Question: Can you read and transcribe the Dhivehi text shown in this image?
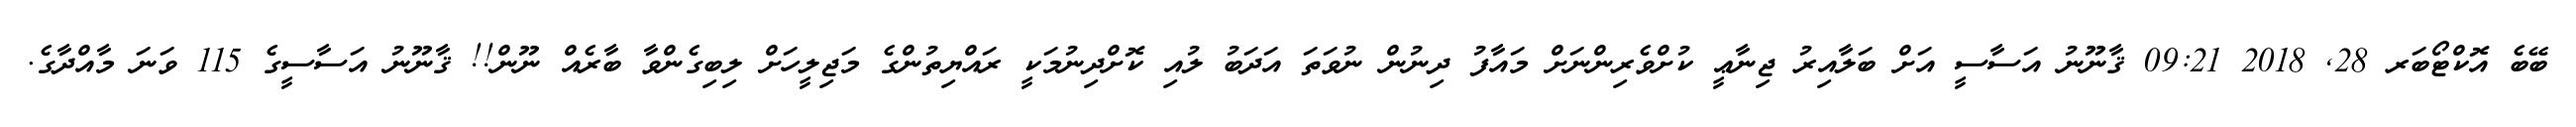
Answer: ބޭބެ އޮކްޓޯބަރ 28, 2018 09:21 ޤާނޫނު އަސާސީ އަށް ބަލާއިރު ޖިނާޢީ ކުށްވެރިންނަށް މައާފު ދިނުން ނުވަތަ އަދަބު ލުއި ކޮށްދިނުމަކީ ރައްޔިތުންގެ މަޖިލީހަށް ލިބިގެންވާ ބާރެއް ނޫން!! ޤާނޫނު އަސާސީގެ 115 ވަނަ މާއްދާގެ.